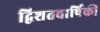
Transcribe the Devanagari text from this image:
द्विशतवार्षिकी